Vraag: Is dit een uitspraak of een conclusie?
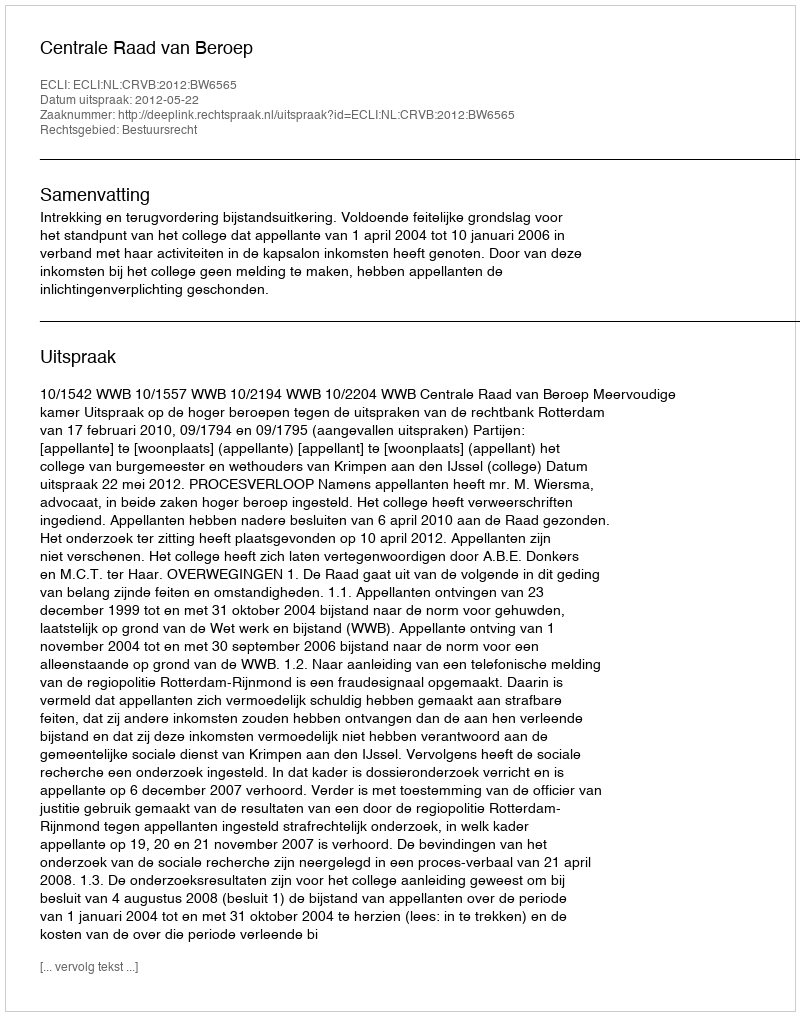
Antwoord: Uitspraak